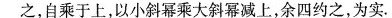
之，自乘于上，以小斜幂乘大斜幂减上，余四约之，为实。